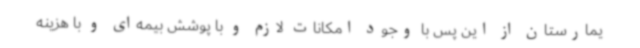
یمارستان از این پس با وجود امکانات لازم و با پوشش بیمه‌ای و با هزینه